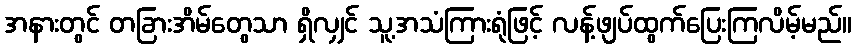
အနားတွင် တခြားအိမ်တွေသာ ရှိလျှင် သူ့အသံကြားရုံဖြင့် လန့်ဖျပ်ထွက်ပြေးကြလိမ့်မည်။